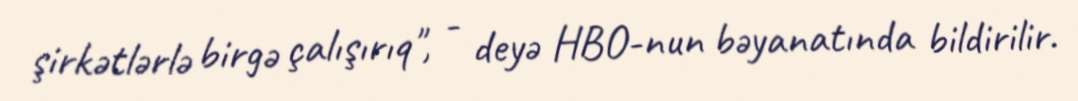
şirkətlərlə birgə çalışırıq", - deyə HBO-nun bəyanatında bildirilir.